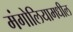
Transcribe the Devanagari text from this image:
मंगोलियामधील